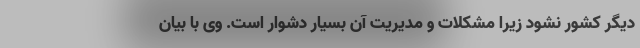
دیگر کشور نشود زیرا مشکلات و مدیریت آن بسیار دشوار است. وی با بیان